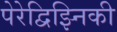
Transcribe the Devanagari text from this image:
पेरेद्विझ्निकी